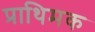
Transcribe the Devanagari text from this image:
प्राथिमक